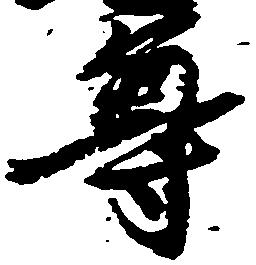
尊